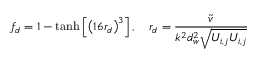
f _ { d } = 1 - \operatorname { t a n h } \left[ \left( 1 6 r _ { d } \right) ^ { 3 } \right] , \quad r _ { d } = \frac { \tilde { v } } { k ^ { 2 } d _ { w } ^ { 2 } \sqrt { U _ { i , j } U _ { i , j } } }